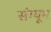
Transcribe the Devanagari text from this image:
संग्यूम